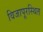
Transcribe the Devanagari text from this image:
विजापूरस्थित